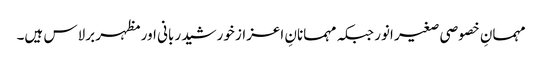
مہمانِ خصوصی صغیر انور جبکہ مہمانانِ اعزاز خورشید ربانی اور مظہر برلاس ہیں۔